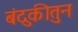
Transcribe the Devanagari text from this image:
बंदुकीतुन